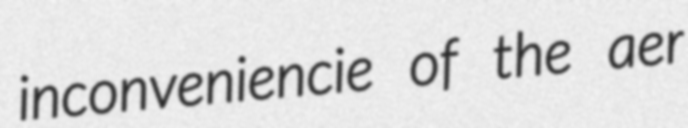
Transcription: inconveniencie of the aer